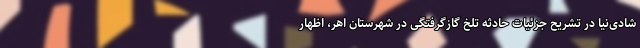
شادی‌نیا در تشریح جزئیات حادثه تلخ گازگرفتگی در شهرستان اهر، اظهار